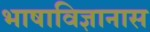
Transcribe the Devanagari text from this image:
भाषाविज्ञानास